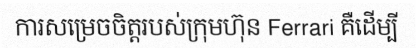
ការសម្រេចចិត្តរបស់ក្រុមហ៊ុន Ferrari គឺដើម្បី